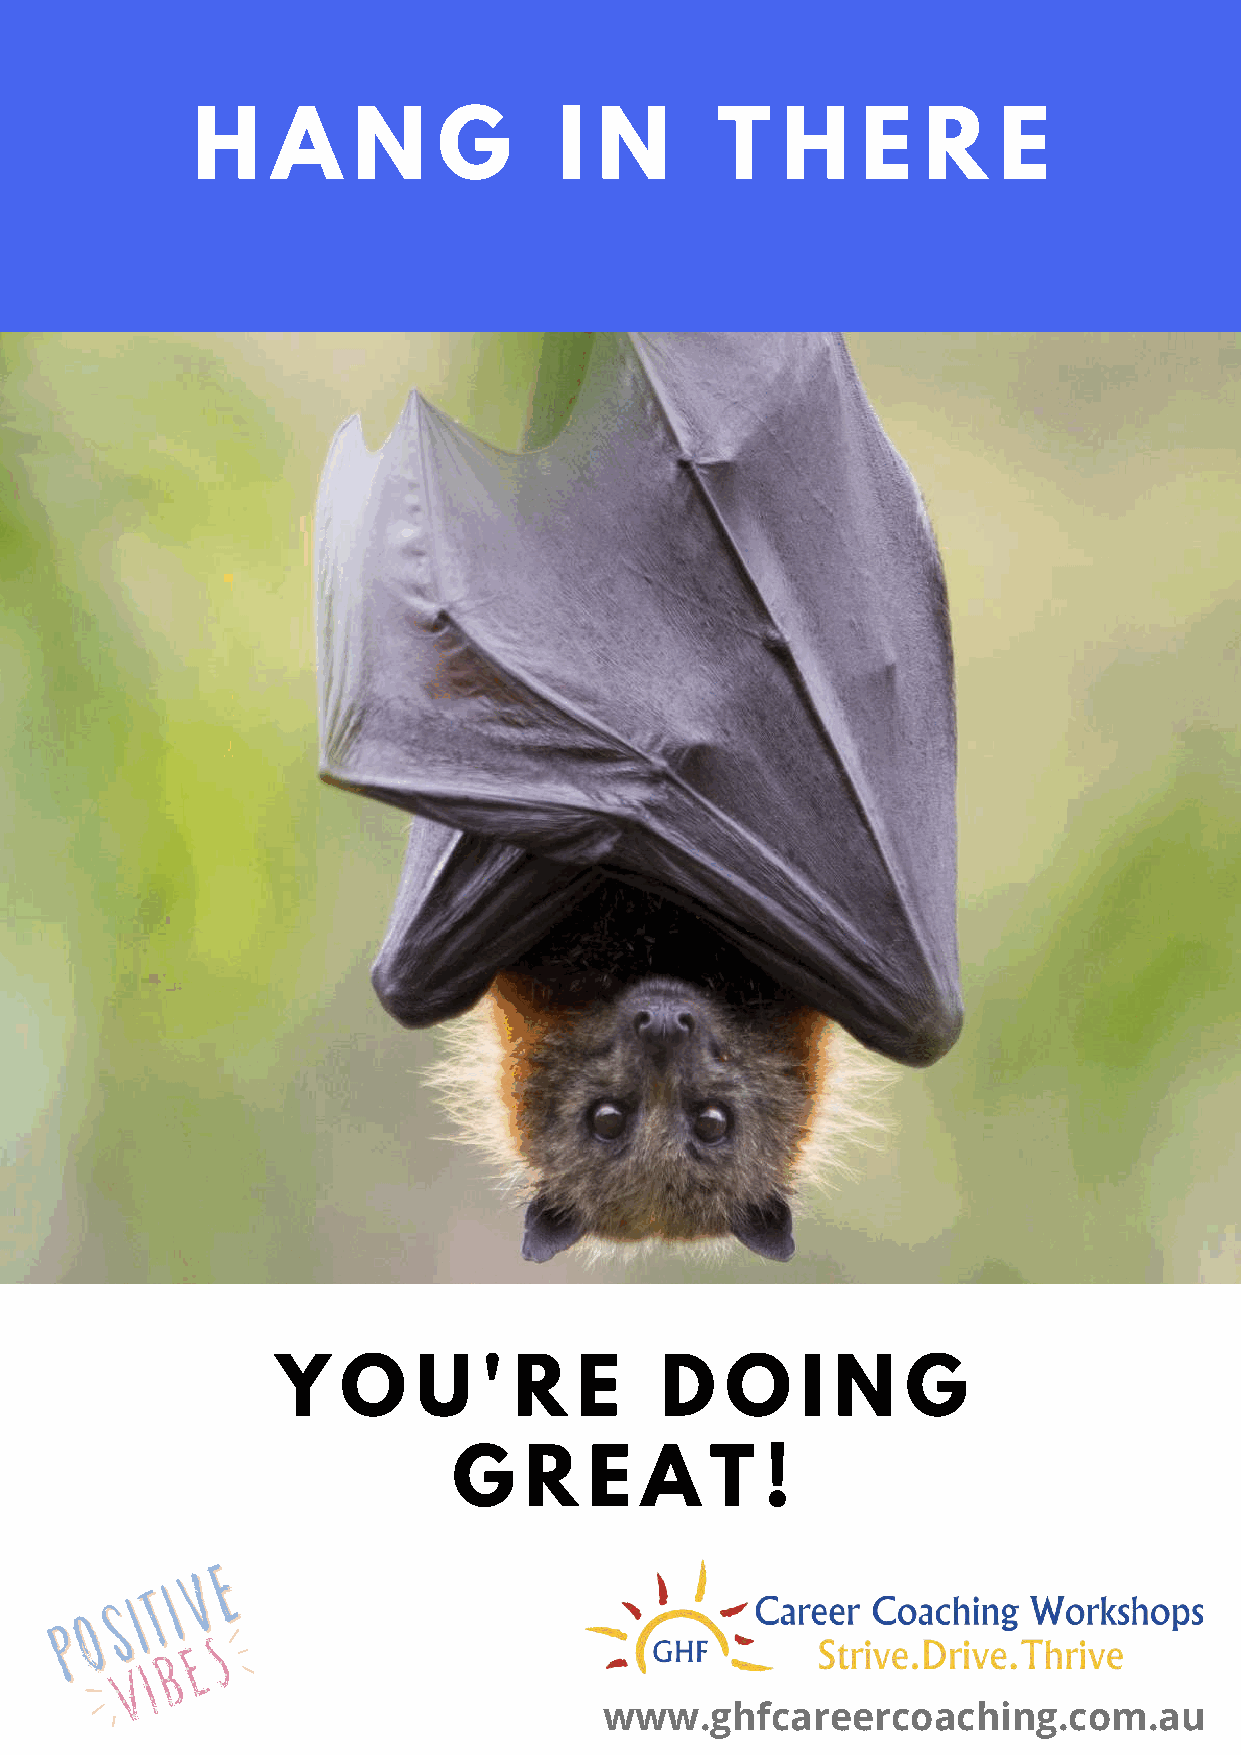
H    A    N     G       I  N      T    H    E   R    E
 Y    O    U   ' R   E     D   O    I N    G
 G    R   E  A    T   !
 www.ghfcareercoaching.com.au